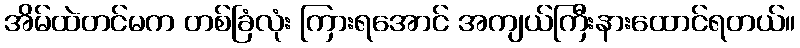
အိမ်ထဲတင်မက တစ်ခြံလုံး ကြားရအောင် အကျယ်ကြီးနားထောင်ရတယ်။